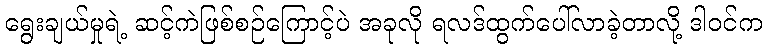
ရွေးချယ်မှုရဲ့ ဆင့်ကဲဖြစ်စဉ်ကြောင့်ပဲ အခုလို ရလဒ်ထွက်ပေါ်လာခဲ့တာလို့ ဒါဝင်က